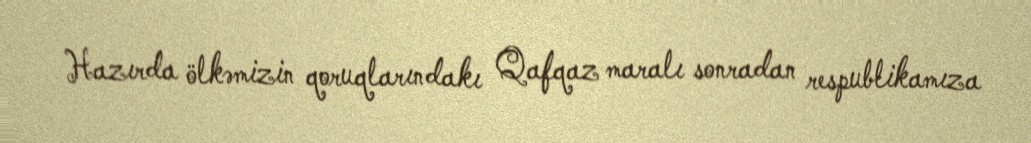
Hazırda ölkəmizin qoruqlarındakı Qafqaz maralı sonradan respublikamıza